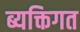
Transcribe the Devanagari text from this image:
ब्यक्तिगत